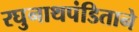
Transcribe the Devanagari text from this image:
रघुनाथपंडिताने